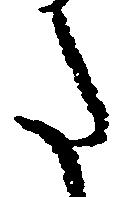
た